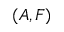
( A , F )